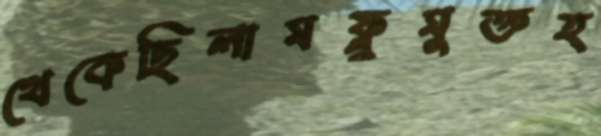
থেকেছিলামফ্লুমুক্তহ